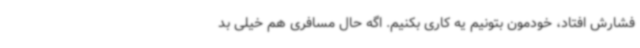
فشارش افتاد، خودمون بتونیم یه کاری بکنیم. اگه حال مسافری هم خیلی بد